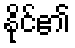
နိုင်၏